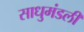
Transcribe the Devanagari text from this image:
साधुमंडली